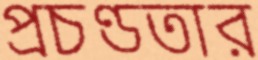
প্রচণ্ডতার